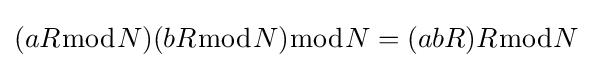
(aR{\bmod {N}})(bR{\bmod {N}}){\bmod {N}}=(abR)R{\bmod {N}}